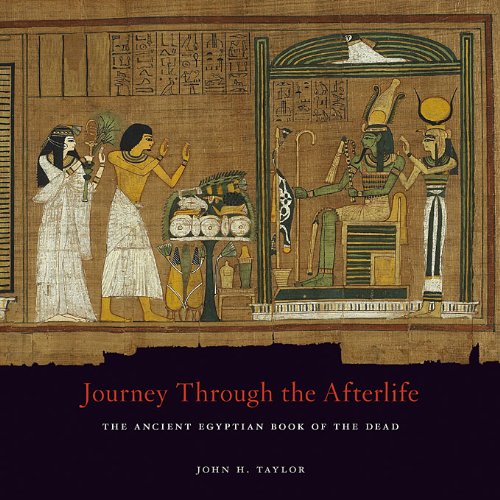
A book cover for Journey Through the Afterlife: Ancient Egyptian Book of the Dead; Religion & Spirituality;